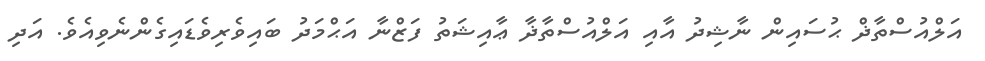
އަލްއުސްތާޛް ޙުސައިން ނާޝިދު އާއި އަލްއުސްތާޛާ ޢާއިޝަތު ފަޒްނާ އަޙްމަދު ބައިވެރިވެޑައިގެންނެވިއެވެ. އަދި